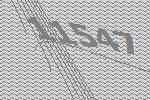
11547